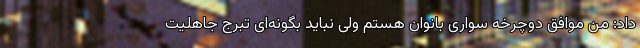
داد: من موافق دوچرخه سواری بانوان هستم ولی نباید بگونه‌ای تبرجّ جاهلیت